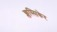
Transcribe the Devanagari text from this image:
क्लस्सिकेर